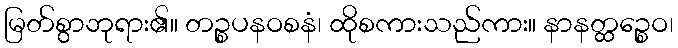
မြတ်စွာဘုရား၏။ တဉ္စပနဝစနံ၊ ထိုစကားသည်ကား။ နာနတ္ထဉ္စေဝ၊